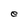
Character: e